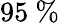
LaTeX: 95~\%